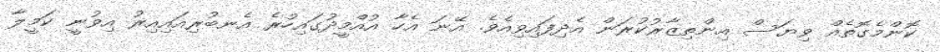
ކޮންމެގޮތެއް ވިޔަސް އިންތިޒާރުކުރަން އެދިފައިވިއެވެ. އޭނަ އެހާ އުއްމީދުގައިހުރެ އެނބުރިއައިއިރު އިވުނީ ކަމީލާ